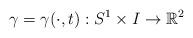
LaTeX: \begin{align*}\gamma = \gamma(\cdot , t) : S^1 \times I \rightarrow \mathbb{R}^2\end{align*}